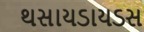
થસાયડાયડસ